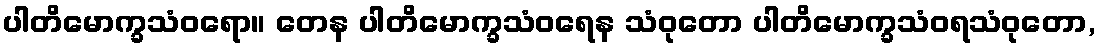
ပါတိမောက္ခသံဝရော။ တေန ပါတိမောက္ခသံဝရေန သံဝုတော ပါတိမောက္ခသံဝရသံဝုတော,